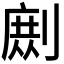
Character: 𭄉